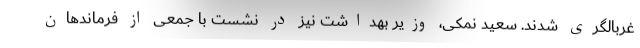
غربالگری شدند. سعید نمکی، وزیر بهداشت نیز در نشست با جمعی از فرماندهان